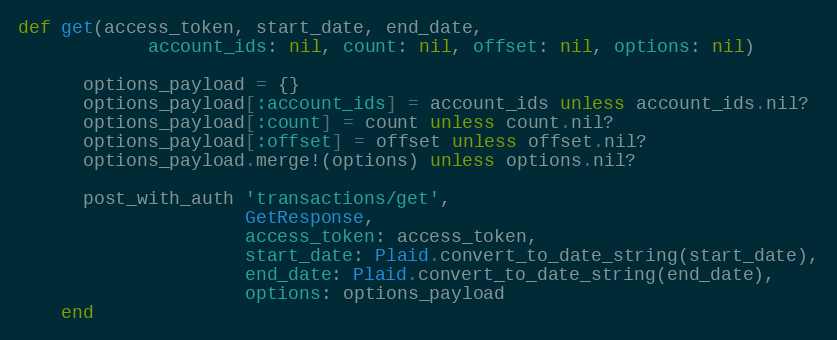
Language: Ruby
def get(access_token, start_date, end_date,
            account_ids: nil, count: nil, offset: nil, options: nil)

      options_payload = {}
      options_payload[:account_ids] = account_ids unless account_ids.nil?
      options_payload[:count] = count unless count.nil?
      options_payload[:offset] = offset unless offset.nil?
      options_payload.merge!(options) unless options.nil?

      post_with_auth 'transactions/get',
                     GetResponse,
                     access_token: access_token,
                     start_date: Plaid.convert_to_date_string(start_date),
                     end_date: Plaid.convert_to_date_string(end_date),
                     options: options_payload
    end